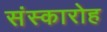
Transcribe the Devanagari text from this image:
संस्कारोह